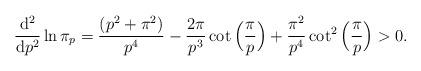
LaTeX: \begin{align*}\frac{\mathrm{d^2}}{\mathrm{d}p^2}\ln \pi_p=\frac{(p^2+\pi^2)}{p^4}-\frac{2 \pi}{p^3}\cot\Big(\frac{\pi}{p}\Big)+\frac{\pi^2}{p^4} \cot^2\Big(\frac{\pi}{p}\Big)>0.\end{align*}